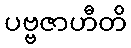
ပဗ္ဗဇာဟီတိ